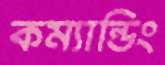
কম্যান্ডিং